Annual administration and progress report of the Indian Medical Department, Bombay
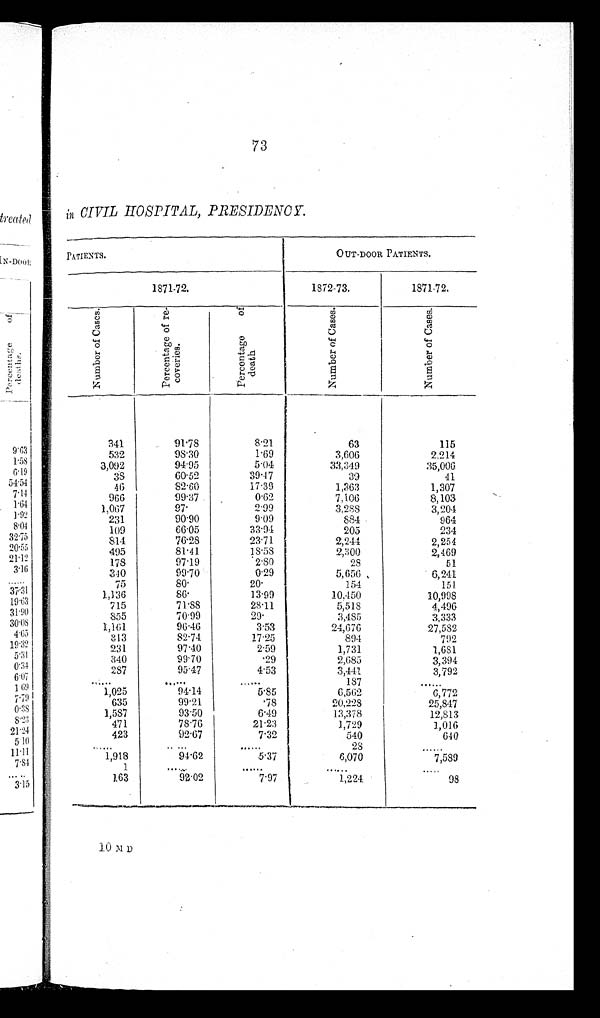
73
in CIVIL HOSPITAL, PRESIDENCY.
PATIENTS.
OUT-DOOR PATIENTS.
1871-72.
1872-73.
1871-72.
N u m b e r o f C a s e s .
P e r c e n t a g e o f r e c o v e r i e s .
P e r c e n t a g e d e a t h .
N u m b e r o f C a s e s .
N u m b e r o f C a u s e s .
341
91.78
8.21
63
115
532
98.30
1.69
3,606
2,214
3,092
94.95
5.04
33,349
35,006
38
60.52
39.47
3 9
41
46
82.60
17.39
1,363
1,307
966
99.37.
0.62
7,106
8,103
1,067
97.
2.99
3,288
3,204
231
90.90
9.09
884
964
109
66.05
33.94
205
234
814
76.28
23.71
2,244
2,254
495
81.41
18.58
'
2,300
2,469
178
97.19
2 . 80
28
51
340
99.70
0.29
5,656
6,241
75
‫٭08‬
‫٭02‬
154
151
1,136
‫٭68‬
13.99
10,450
10,998
715
71.88
28.11
5,518
4,490
855
70.99
‫٭92‬
3,485
3,333
1,161
96.46
3.53
24,676
27,582
313
82.74
17.25
894
792
231
97.40
2 . 5 9
1,731
1,681
340
99.70
.29
2,685
3,394
287
95.47
4.53
3,441
3,792
. . . . . . .
. . . . . .
......
187
......
1,025
94.14
5.85
6,562
6,772
635
99.21
.78
20,228
25,847
1,587
93.50
6.49
13,378
12,813
471
78.76
21.23
1,729
1,016
423
9 2 . 6 7
7.32
540
640
. . . . . .
.. ...
. . . . . .
2 8
......
1,918
94.62
5.37
6,070
7, 589
1
. . . . . .
. . . . . .
. . . . . .
. . . . . .
163
92.02
7.97
1,224
98
10 MD